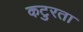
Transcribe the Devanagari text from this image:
कटुरता